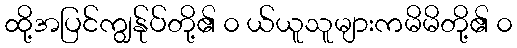
ထို့အပြင်ကျွန်ုပ်တို့၏ ၀ ယ်ယူသူများကမိမိတို့၏ ၀